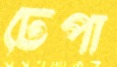
ঢেপা